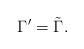
LaTeX: \begin{align*}\Gamma^\prime=\tilde\Gamma.\end{align*}